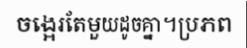
ចង្អេរតែមួយដូចគ្នា។ប្រភព